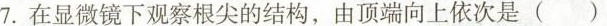
7. 在显微镜下观察根尖的结构，由顶端向上依次是()